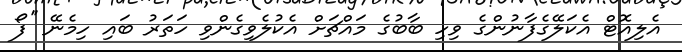
އެލިއޮޓް އެކަލޭގެފާނުންގެ ވިހި ބާބުގެ މައްޗަށް އެކުލެވިގެންވި ހަތަރު ބައި ހިމެނޭ ''ފޯ